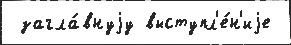
 загла́внуjу выступл'е́н'иjе